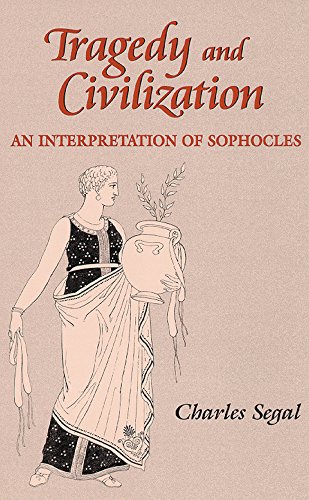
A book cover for Tragedy and Civilization: An Interpretation of Sophocles; Charles Segal; Literature & Fiction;